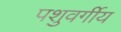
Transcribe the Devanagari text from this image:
पशुवर्गीय